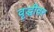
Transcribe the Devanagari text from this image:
वृद्धीवर